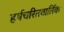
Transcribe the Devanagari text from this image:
हर्षचरितवार्तिक